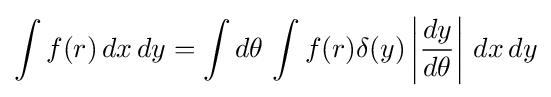
\int f(r)\,dx\,dy=\int d\theta \,\int f(r)\delta (y)\left|{\frac {dy}{d\theta }}\right|\,dx\,dy